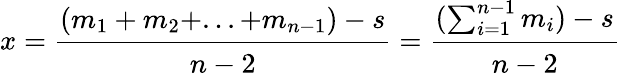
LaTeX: x={\cfrac{(m_{1}+m_{2}+...+m_{n-1})-s}{n-2}}={\cfrac{(\sum_{i=1}^{n-1}m_{i})-s}{n-2}}